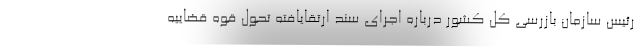
رئیس سازمان بازرسی کل کشور درباره اجرای سند ارتقایافته تحول قوه قضاییه